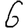
Digit: 6